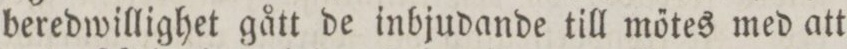
beredwillighet gått de inbjudande till mőtes med att